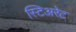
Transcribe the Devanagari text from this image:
स्टिअरेट